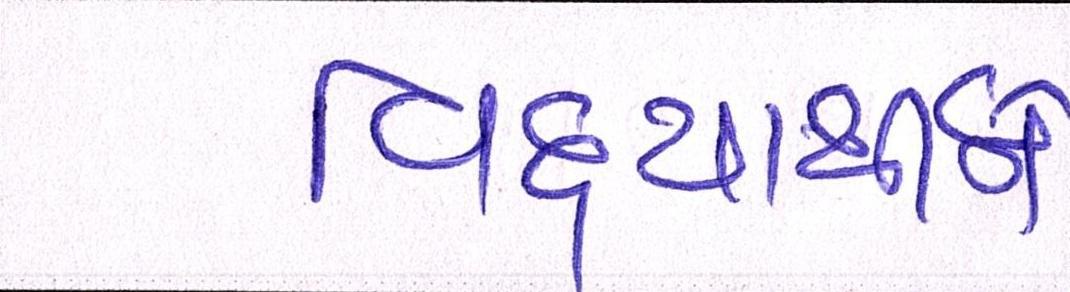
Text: વિદ્યાર્થીને